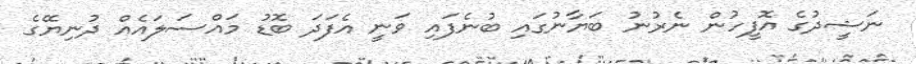
ނަޝީދުގެ އޮފީހުން ނެރުނު ބަޔާނުގައި ބުނެފައި ވަނީ އެފަދަ ބޮޑު މައްސަލައެއް ދުނިޔޭގެ